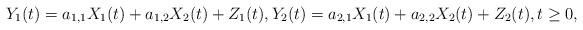
LaTeX: \begin{align*} Y_1(t)=a_{1, 1} X_1(t)+a_{1, 2} X_2(t)+Z_1(t), Y_2(t)=a_{2, 1} X_1(t)+a_{2, 2} X_2(t)+Z_2(t), t \geq 0,\end{align*}